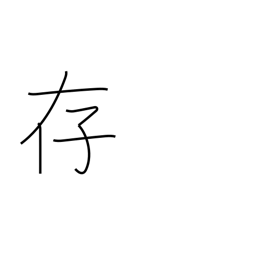
Meaning: be aware of